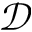
\mathcal { D }